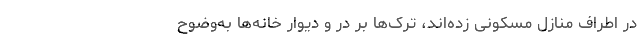
در اطراف منازل مسکونی زده‌اند، ترک‌ها بر در و دیوار خانه‌ها به‌وضوح